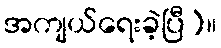
အကျယ်ရေးခဲ့ပြီ)။